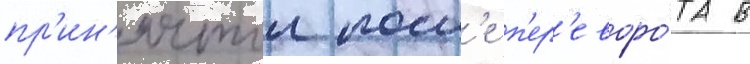
пр'ин'ятои посл'е п'ер'еворо́та в